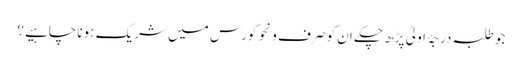
جو طلبہ درجۂ اولیٰ پڑھ چکے ان کو صرف ونحو کورس میں شریک ہونا چاہیے؟